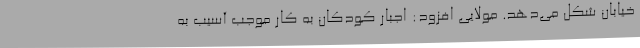
خیابان شکل می‌دهد. مولایی افزود: اجبار کودکان به کار موجب آسیب به